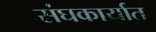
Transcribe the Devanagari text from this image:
संघकार्यात